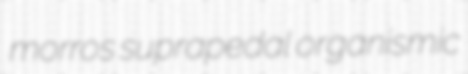
morros suprapedal organismic